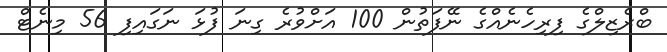
ބްރެޒިލްގެ ފިރިހެނެއްގެ ނޭފަތުން 100 އަށްވުރެ ގިނަ ފުޅަ ނަގައިފި 56 މިނެޓް